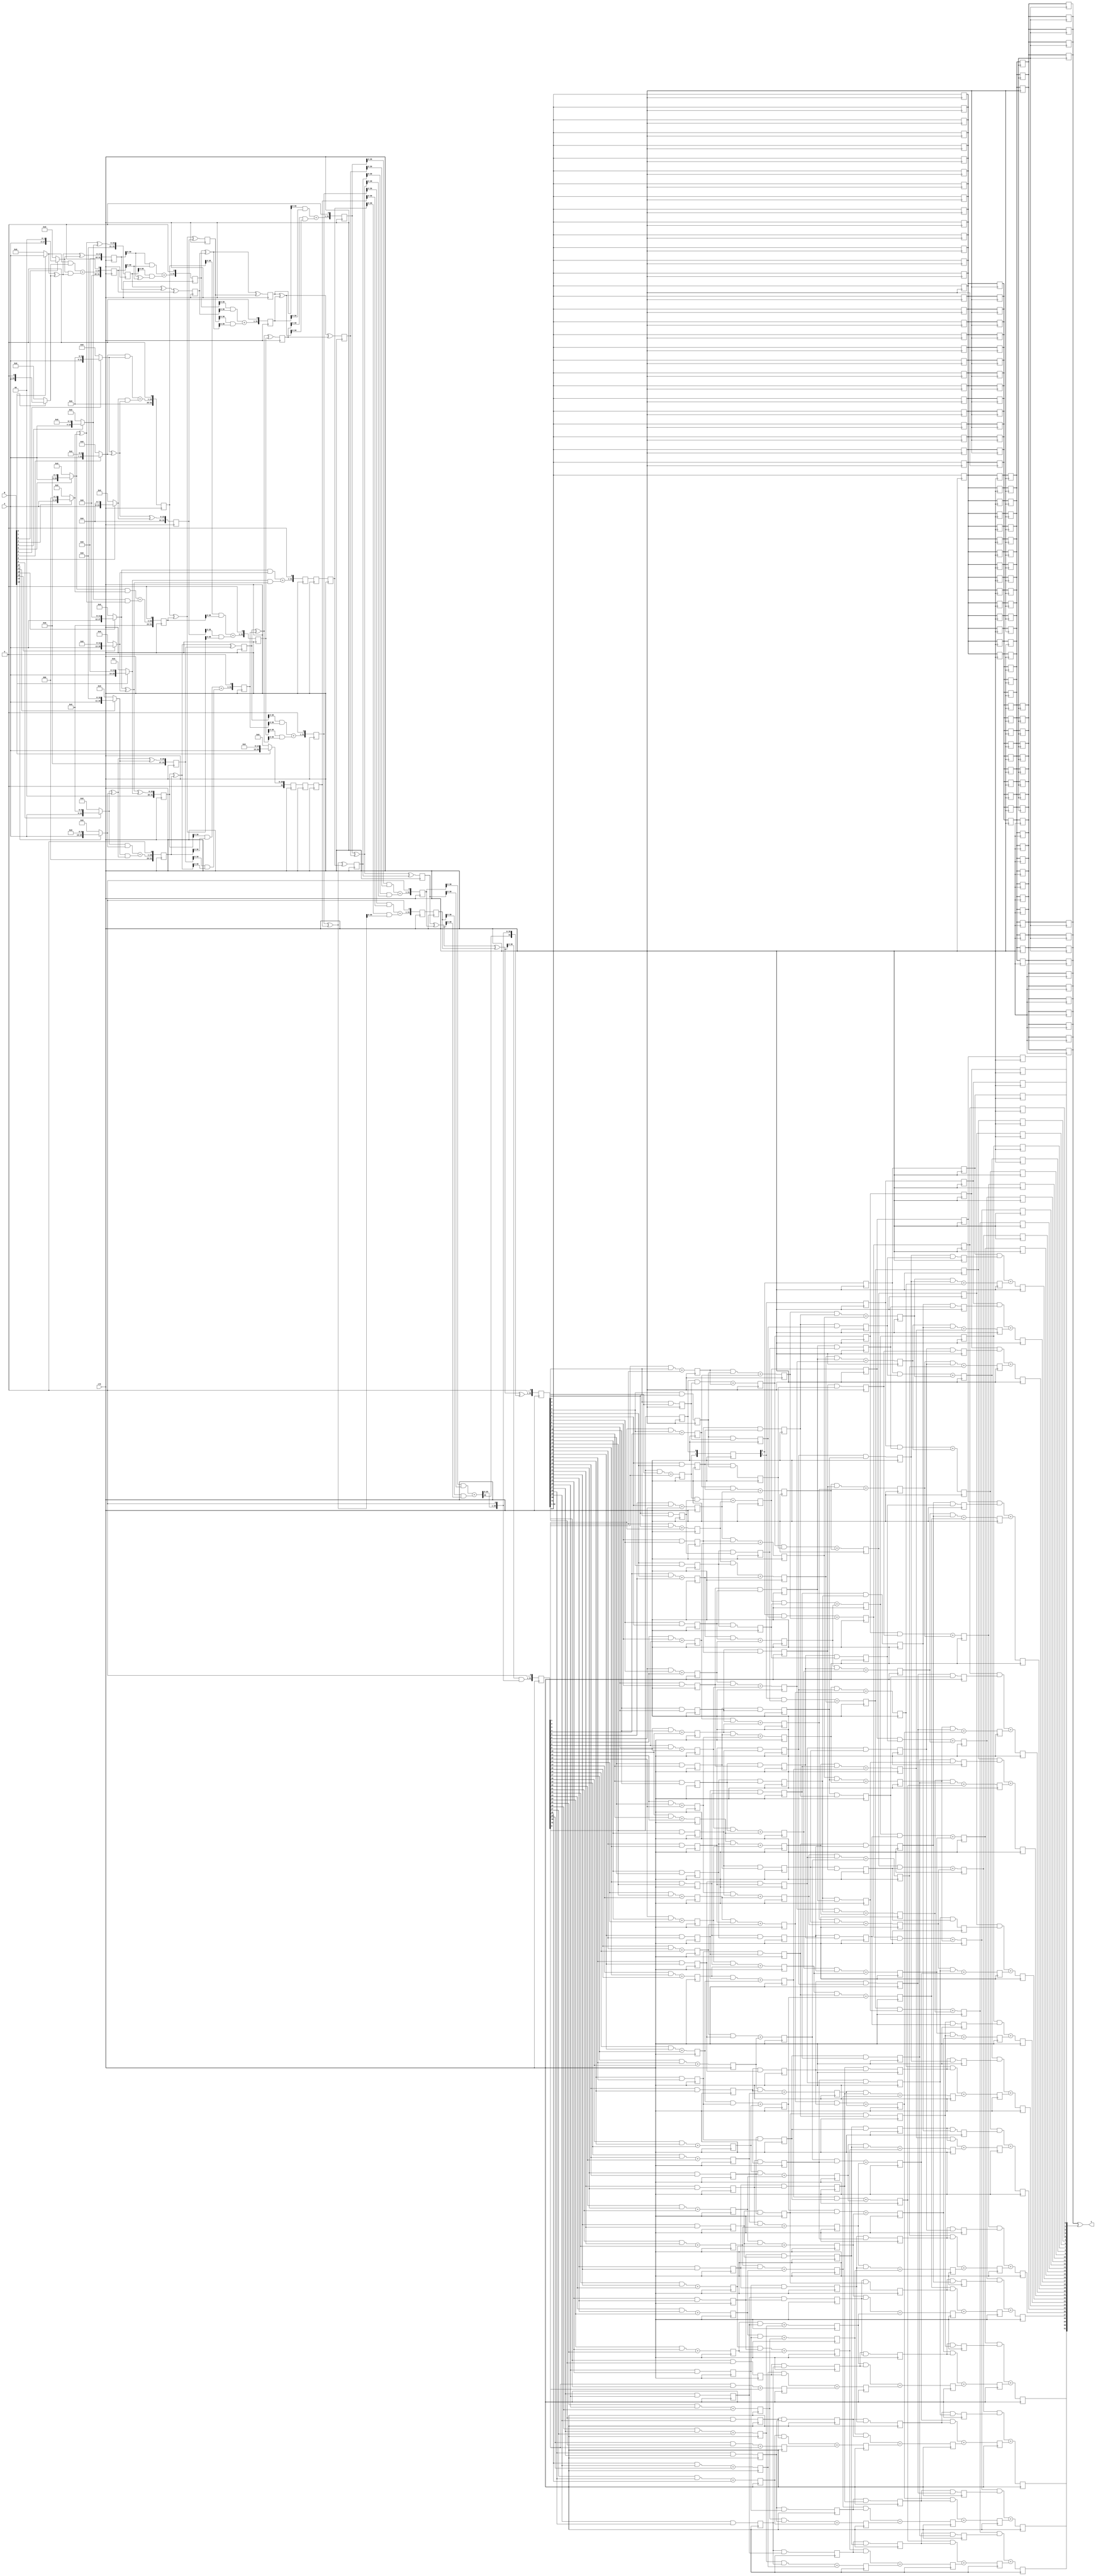
module wallace_mul(input [15:0] A,input [15:0] B, output [31:0] C, input clk);

wire [15:0] A,B;
wire [31:0] C;
wire [31:0] m1,m2,m3,m4,m5,m6,m7,m8,m9,m10,m11,m12,m13,m14,m15,m16;
reg [31:0] s1,s2,s3,s4,s5,s55,s6,s7,s8,s9,s10,s11,s12,s13,s14,m161,m162,m163;
reg [31:0] c1,c2,c3,c4,c5,c6,c7,c8,c9,c10,c11,c12,c13,c14,c51,c52,c131;
wire [31:0] s15,c15;

assign m1 = B[0]?{16'b0,A}:32'b0;
assign m2 = B[1]?{15'b0,A,1'b0}:32'b0;
assign m3 = B[2]?{14'b0,A,2'b0}:32'b0;
assign m4 = B[3]?{13'b0,A,3'b0}:32'b0;
assign m5 = B[4]?{12'b0,A,4'b0}:32'b0;
assign m6 = B[5]?{11'b0,A,5'b0}:32'b0;
assign m7 = B[6]?{10'b0,A,6'b0}:32'b0;
assign m8 = B[7]?{9'b0,A,7'b0}:32'b0;
assign m9 = B[8]?{8'b0,A,8'b0}:32'b0;
assign m10 = B[9]?{7'b0,A,9'b0}:32'b0;
assign m11 = B[10]?{6'b0,A,10'b0}:32'b0;
assign m12 = B[11]?{5'b0,A,11'b0}:32'b0;
assign m13 = B[12]?{4'b0,A,12'b0}:32'b0;
assign m14 = B[13]?{3'b0,A,13'b0}:32'b0;
assign m15 = B[14]?{2'b0,A,14'b0}:32'b0;
assign m16 = B[15]?{1'b0,A,15'b0}:32'b0;

always @(posedge clk) begin
s1<=m1^m2^m3;
c1<={((m1&m2)+(m3&(m1^m2))),1'b0};

s2<=m6^m4^m5;
c2<={((m6&m4)+(m5&(m6^m4))),1'b0};

s3<=m7^m8^m9;
c3<={((m8&m7)+(m9&(m7^m8))),1'b0};

s4<=m10^m11^m12;
c4<={((m10&m11)+(m12&(m10^m11))),1'b0};

s5<=m13^m14^m15;
c5<={((m13&m14)+(m15&(m13^m14))),1'b0};

m161<=m16;
/*****************LEVEL1***********************/

s6<=s2^s1^c1;
c6<={((s1&c1)+(s2&(s1^c1))),1'b0};

s7<=c3^c2^s3;
c7<={((c3&c2)+(s3&(c3^c2))),1'b0};

s8<=s5^c4^s4;
c8<={((s5&c4)+(s4&(s5^c4))),1'b0};

c51<=c5;
m162<=m161;
/*****************LEVEL2**********************/

s10<=c6^s6^s7;
c10<={((c6&s6)+(s7&(c6^s6))),1'b0};

s11<=s8^c8^c7;
c11<={((s8&c8)+(c7&(s8^c8))),1'b0};

c52<=c51;
m163<=m162;
/****************LEVEL3************************/

s12<=s10^c10^s11;
c12<={((s10&c10)+(s11&(s10^c10))),1'b0};

s13<=c11^m163^c52;
c13<={((c11&m163)+(c52&(c11^m163))),1'b0};
/*****************LEVEL4**********************/

s14<=c12^s12^s13;
c14<={((c12&s12)+(s13&(c12^s12))),1'b0};

c131<=c13;
/****************LEVEL4**********************/
end
assign s15=s14^c14^c131;
assign c15={((c14&s14)+(c131&(s14^c14))),1'b0};

//CarryLookAhead Adder Ahead:
reg [31:0] g1,g2,g3,g4,g5,p1,p2,p3,p4,XorOut1,XorOut2,XorOut3,XorOut4,XorOut5;  //P for XOR And G for AND

    reg [32:0] G,P; //C for Output
    always @(posedge clk) begin
    P<={s15^c15,1'b0};
    G<={s15&c15,1'b0};
    end
    genvar i;
    generate
    for(i=1;i<32;i=i+1) begin:FirstStage //s=naya g+ naya p*purana g
        always @(posedge clk) begin
        g1[i]<=(G[i-1]&P[i])+G[i];
        p1[i]<=P[i]&P[i-1];

        XorOut1<=P[32:1];
        end
    end
    for(i=2;i<32;i=i+1) begin:SecondStage //s=naya g+ naya p*purana g
        always @(posedge clk) begin
        g2[i]<=(g1[i-2]&p1[i])+g1[i];
        p2[i]<=p1[i]&p1[i-2];

        XorOut2<=XorOut1;
        end
    end
    for(i=4;i<32;i=i+1) begin:ThirdStage //s=naya g+ naya p*purana g
        always @(posedge clk) begin
        g3[i]<=(g2[i-4]&p2[i])+g2[i];
        p3[i]<=p2[i]&p2[i-4];

        XorOut3<=XorOut2;
        end
    end
    for(i=8;i<32;i=i+1) begin:FourthStage //s=naya g+ naya p*purana g
        always @(posedge clk) begin
        g4[i]<=(g3[i-8]&p3[i])+g3[i];
        p4[i]<=p3[i]&p3[i-8];

        XorOut4<=XorOut3;
        end
    end
    for(i=16;i<32;i=i+1) begin:FifthStage
    	always @(posedge clk) begin
        g5[i]<=(g4[i-16]&p4[i])+g4[i];

        XorOut5<=XorOut4;
        end
    end
    always@(posedge clk) begin
    g1[0]<=G[0];

    g2[0]<=g1[0];
    g2[1]<=g1[1];
    end

    for(i=0;i<4;i=i+1)
        always @(posedge clk) g3[i]<=g2[i];

    for(i=0;i<8;i=i+1)
        always @(posedge clk) g4[i]<=g3[i];

    for(i=0;i<16;i=i+1)
    	always @(posedge clk) g5[i]<=g4[i];

    endgenerate

    assign C=XorOut5^g5;


endmodule